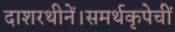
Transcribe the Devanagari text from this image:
दाशरथीनें।समर्थकृपेचीं